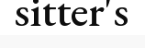
sitter's